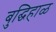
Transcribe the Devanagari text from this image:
बुद्घिहाळ